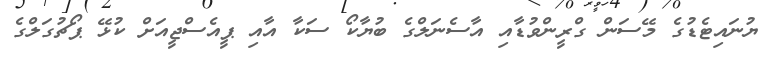
ޔުނައިޓެޑުގެ މޭސަން ގްރީންވުޑާއި އާސެނަލްގެ ބުޔާކޯ ސަކާ އާއި ޕީއެސްޖީއަށް ކުޅޭ ޕޯޗުގަލްގެ